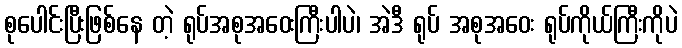
စုပေါင်းပြီးဖြစ်နေ တဲ့ ရုပ်အစုအဝေးကြီးပါပဲ၊ အဲဒီ ရုပ် အစုအဝေး ရုပ်ကိုယ်ကြီးကိုပဲ